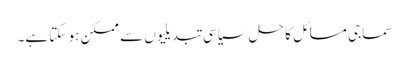
سماجی مسائل کا حل سیاسی تبدیلیوں سے ممکن ہو سکتا ہے۔